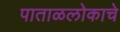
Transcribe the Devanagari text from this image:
पाताळलोकाचे